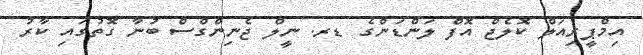
އިމްޕީރިއަލް ކޮލެޖް އޮފް ލަންޑަންގެ ޑރ. ނީލް ޖެނިންގްސް ބުނާ ގޮތުގައި ކާރު